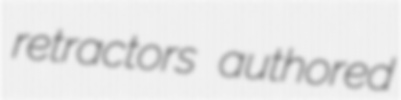
retractors authored